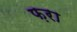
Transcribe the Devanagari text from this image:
फ़रा